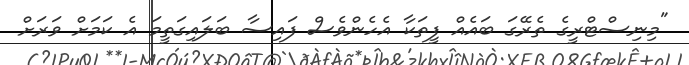
"މިނިސްޓްރީގެ ތެރޭގަ ބައެއް ފީތަކާ އެހެންވެސް ފައިސާ ބަލައިގަތީމަ އެ ކަމަށް ވަރަށް